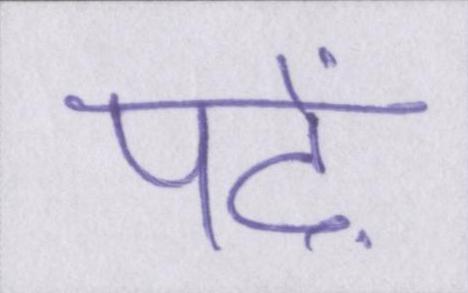
पढ़ें